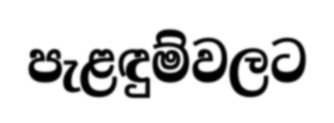
පැළඳුම්වලට